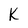
Character: K